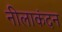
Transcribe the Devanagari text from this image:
नीलाकंदन